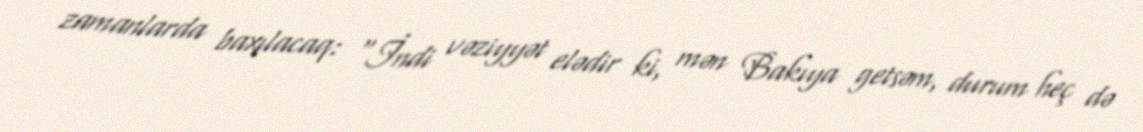
zamanlarda baxılacaq: “İndi vəziyyət elədir ki, mən Bakıya getsəm, durum heç də